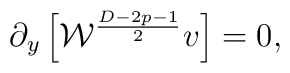
\partial_y\left[{\cal W}^{{D-2p-1}\over 2}v\right]=0,